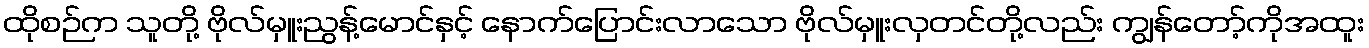
ထိုစဉ်က သူတို့ ဗိုလ်မှူးညွန့်မောင်နှင့် နောက်ပြောင်းလာသော ဗိုလ်မှူးလှတင်တို့လည်း ကျွန်တော့်ကိုအထူး